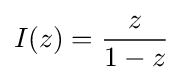
I(z)={\frac {z}{1-z}}